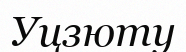
Уцзюту